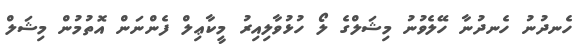
ހެނދުނު ހެނދުނާ ހޭލެވުނު މިޝަލްގެ ލޯ ހުޅުވާލިއިރު މީކާޢިލް ފެންނަން އޮތުމުން މިޝަލް